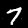
Label: 7